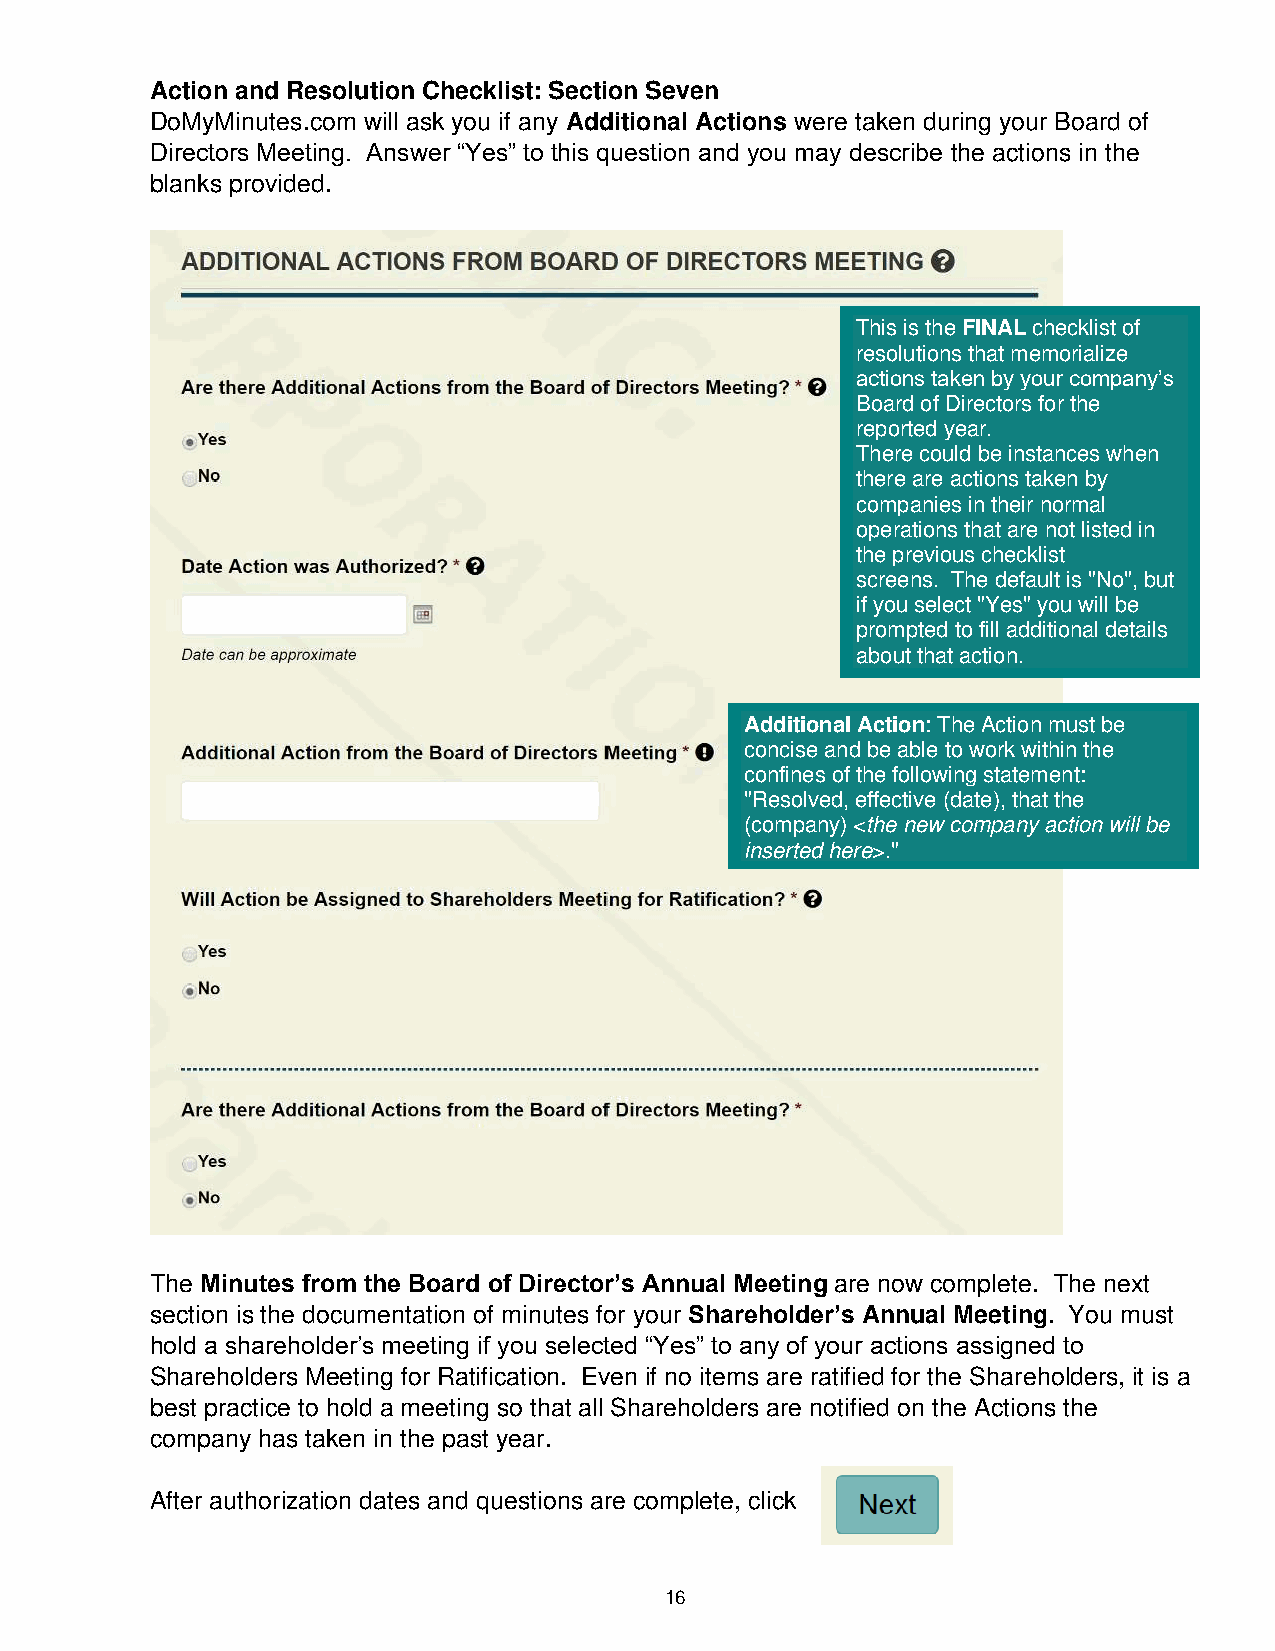
Action and Resolution Checklist: Section Seven
 DoMyMinutes.com will ask you if any Additional Actions were taken during your Board of
 Directors Meeting. Answer “Yes” to this question and you may describe the actions in the
 blanks provided.
 This is the FINAL checklist of
 resolutions that memorialize
 actions taken by your company’s
 Board of Directors for the
 reported year.
 There could be instances when
 there are actions taken by
 companies in their normal
 operations that are not listed in
 the previous checklist
 screens. The default is "No", but
 if you select "Yes" you will be
 prompted to fill additional details
 about that action.
 Additional Action: The Action must be
 concise and be able to work within the
 confines of the following statement:
 "Resolved, effective (date), that the
 (company) <the new company action will be
 inserted here>."
 The Minutes from the Board of Director’s Annual Meeting are now complete. The next
 section is the documentation of minutes for your Shareholder’s Annual Meeting. You must
 hold a shareholder’s meeting if you selected “Yes” to any of your actions assigned to
 Shareholders Meeting for Ratification. Even if no items are ratified for the Shareholders, it is a
 best practice to hold a meeting so that all Shareholders are notified on the Actions the
 company has taken in the past year.
 After authorization dates and questions are complete, click
 16